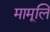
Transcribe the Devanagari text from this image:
मामूलि